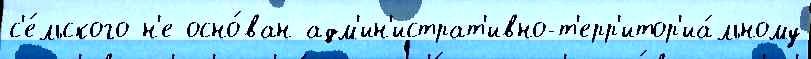
с'е́льского н'е осно́ван адм'ин'истрат'ивно-т'ерр'итор'иа́льному